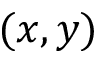
( x , y )